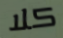
كلا